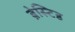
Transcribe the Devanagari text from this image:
ब्रेस्टिड